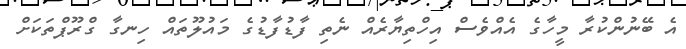
އެ ބޭނުންކުރާ މީހާގެ އެއްވެސް އިހްތިޔާރެއް ނެތި ފާޑުފާޑުގެ މައުލޫތައް ހިނގާ ގްރޫޕްތަކަށް